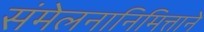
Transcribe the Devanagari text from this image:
संमेलनानिमित्ताने